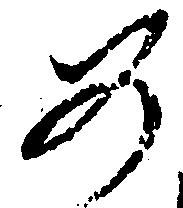
如